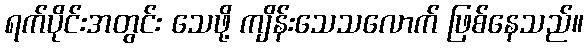
ရက်ပိုင်းအတွင်း သေဖို့ ကျိန်းသေသလောက် ဖြစ်နေသည်။